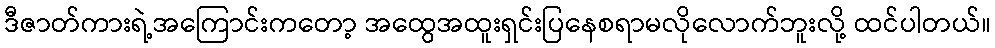
ဒီဇာတ်ကားရဲ့အကြောင်းကတော့ အထွေအထူးရှင်းပြနေစရာမလိုလောက်ဘူးလို့ ထင်ပါတယ်။